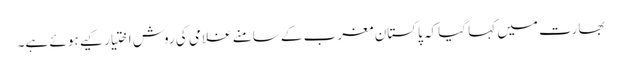
بھارت میں کہا گیا کہ پاکستان مغرب کے سامنے غلامی کی روش اختیار کیے ہوئے ہے۔